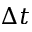
\Delta t